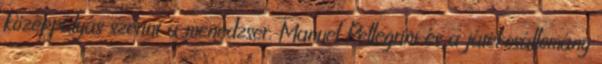
középpályás szerint a menedzser, Manuel Pellegrini és a játékosállomány